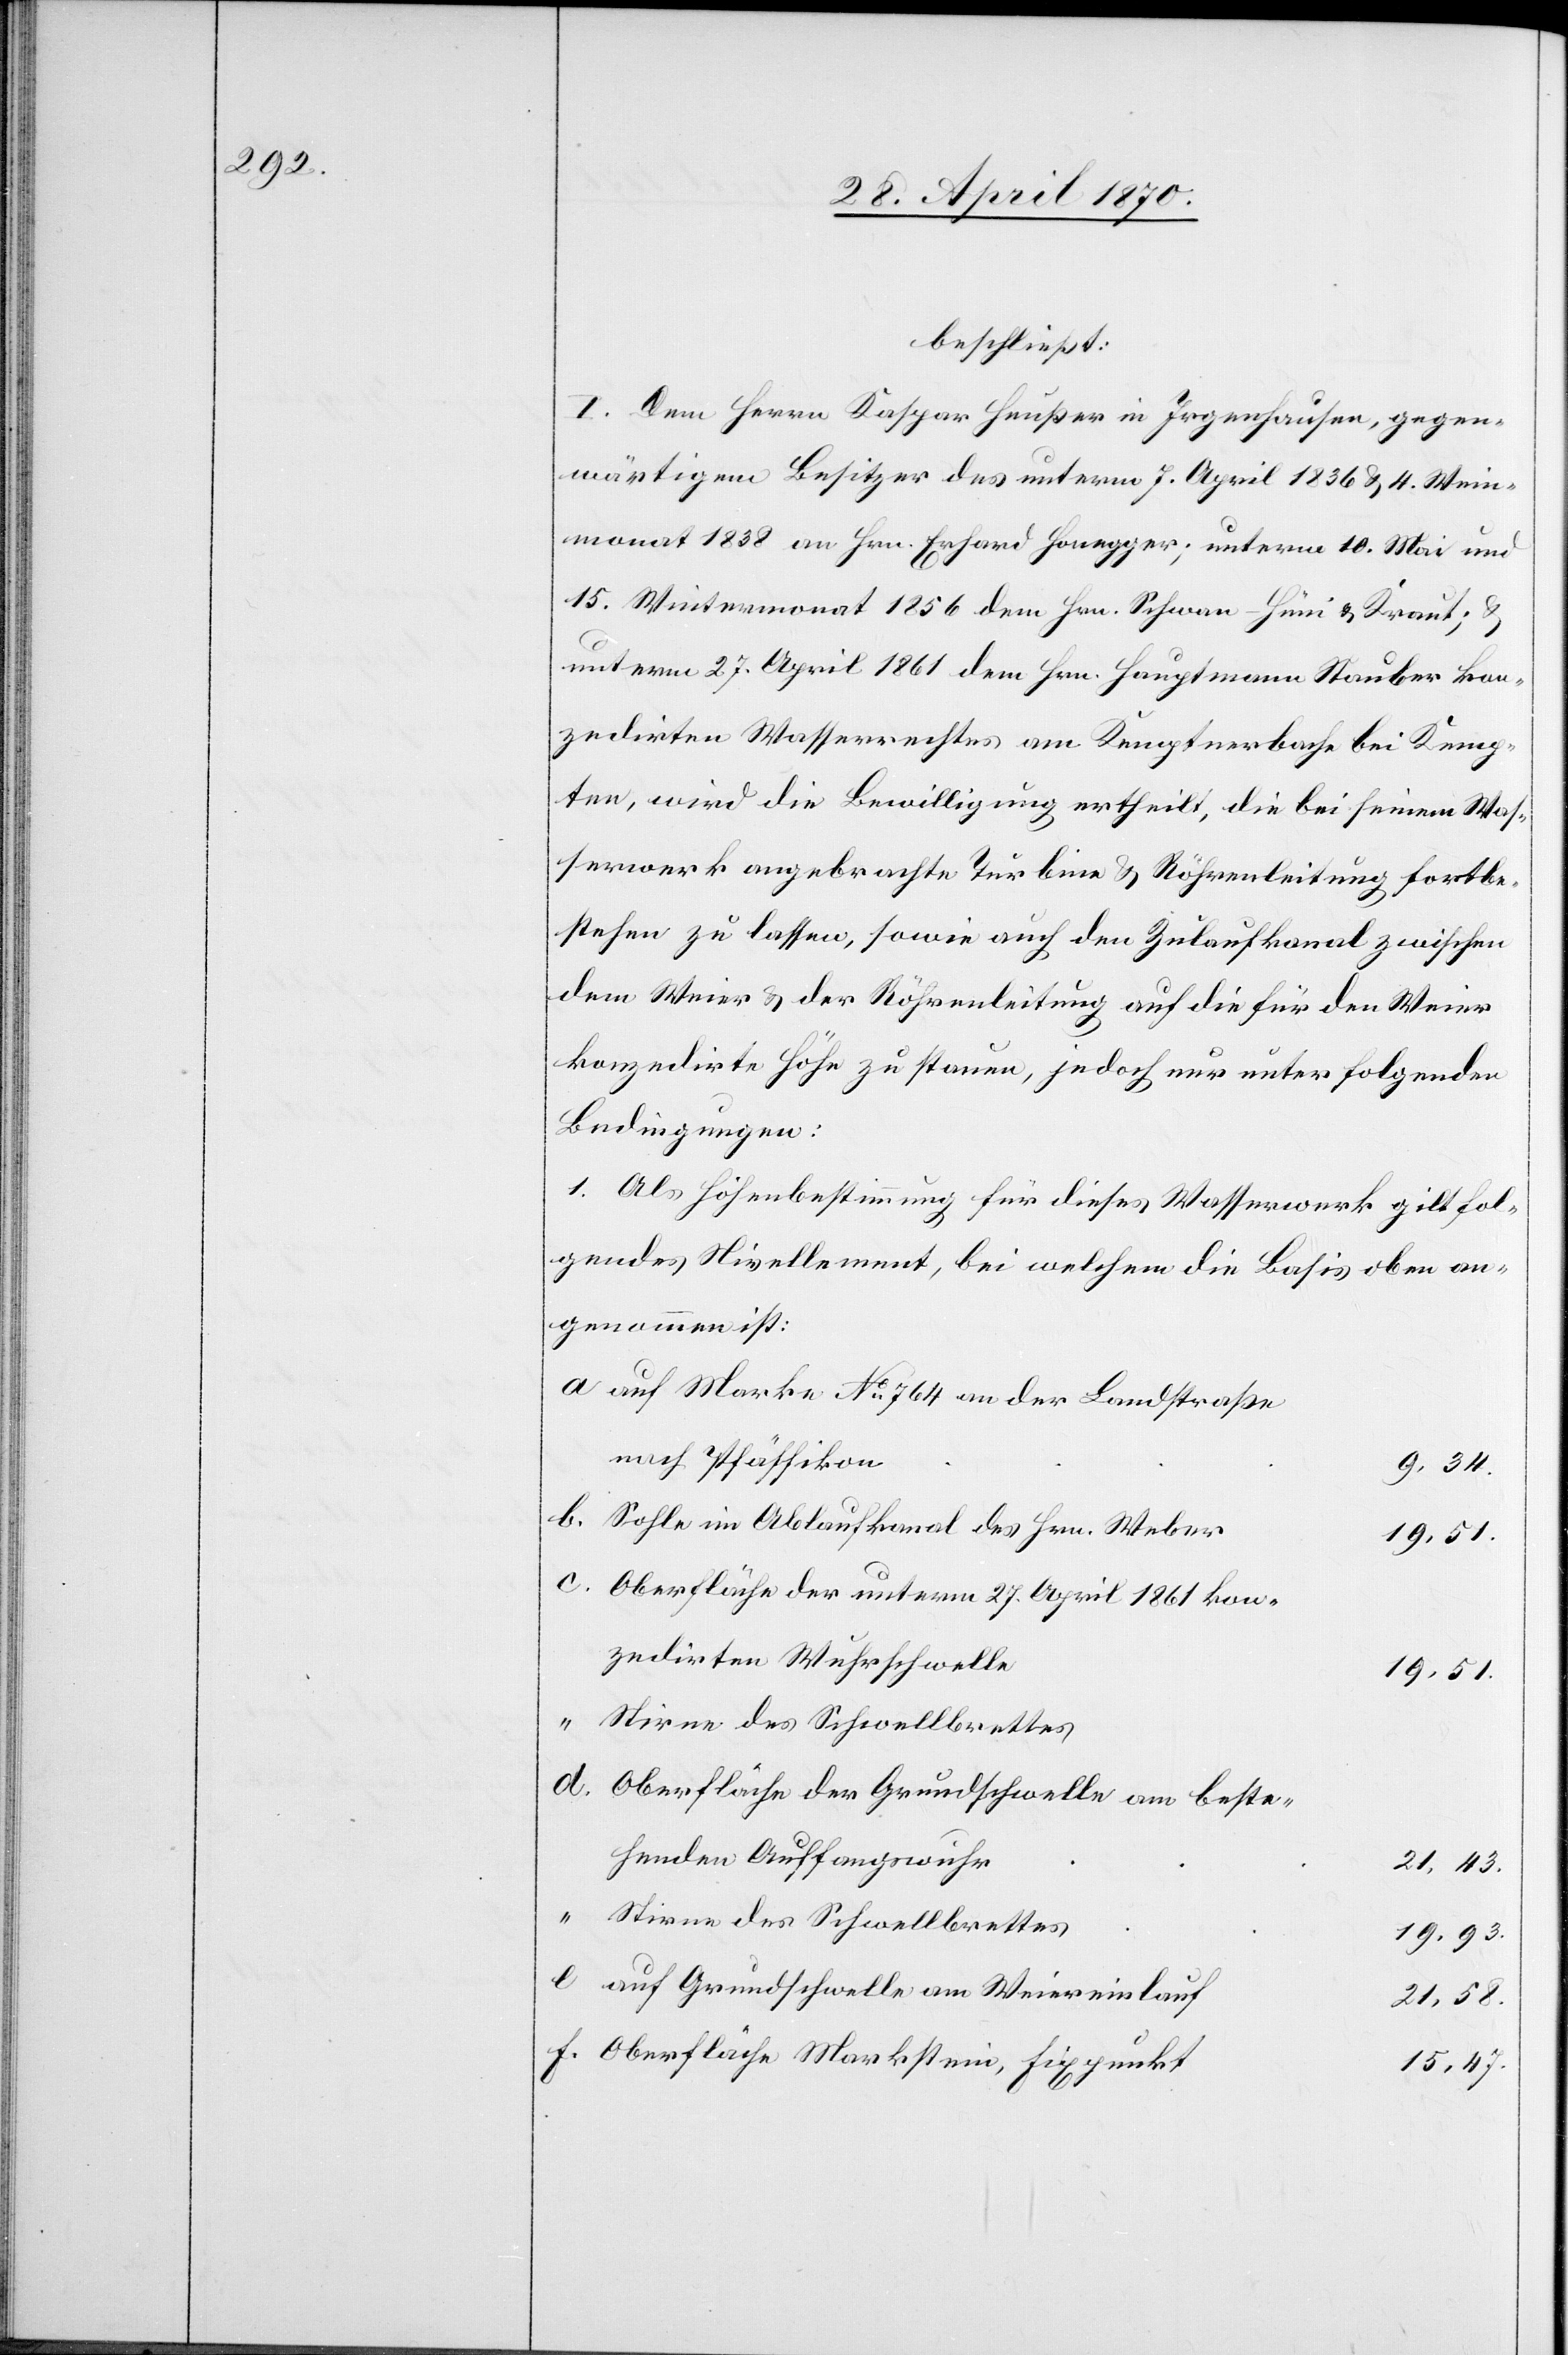
beschließt:
I. Dem Herrn Kaspar Heußer in Irgenhausen, gegen¬
wärtigem Besitzer des unterm 7. April 1836 & 4. Wein¬
monat 1838 an Hrn. Erhard Honegger; unterm 10. Mai und
15. Wintermonat 1856 dem Hrn. Schwan-Hüni & Kraut; &
unterm 27. April 1861 dem Hrn. Hauptmann Stauber kon¬
zedirten Wasserrechtes am Kemptnerbache bei Kemp¬
ten, wird die Bewilligung ertheilt, die bei seinem Was¬
serwerk angebrachte Turbine & Röhrenleitung fortbe¬
stehen zu lassen, sowie auch den Zulaufkanal zwischen
dem Weier & der Röhrenleitung auf die für den Weier
konzedirte Höhe zu stauen, jedoch nur unter folgenden
Bedingungen:
1. Als Höhenbestimmung für dieses Wasserwerk gilt fol¬
gendes Nivellement, bei welchem die Basis oben an¬
genommen ist:
auf Marke No 764 an der Landstraße
nach Pfäffikon
Sohle im Ablaufkanal des Hrn. Weber
19,51.
Oberfläche der unterm 27. April 1861 kon¬
zedirten Wuhrschwelle
19,51.
Stirne des Schwellbrettes
Oberfläche der Grundschwelle am beste¬
henden Auffangswuhr
21,43.
19,93.
auf Grundschwelle am Weiereinlauf
Oberfläche Markstein, Fixpunkt
15,47.